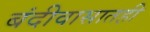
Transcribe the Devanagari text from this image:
बंदीवासातही